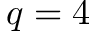
q = 4